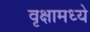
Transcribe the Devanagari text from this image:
वृक्षामध्ये